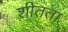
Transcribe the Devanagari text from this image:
शीतता